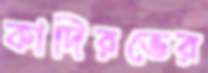
কাদিরভের